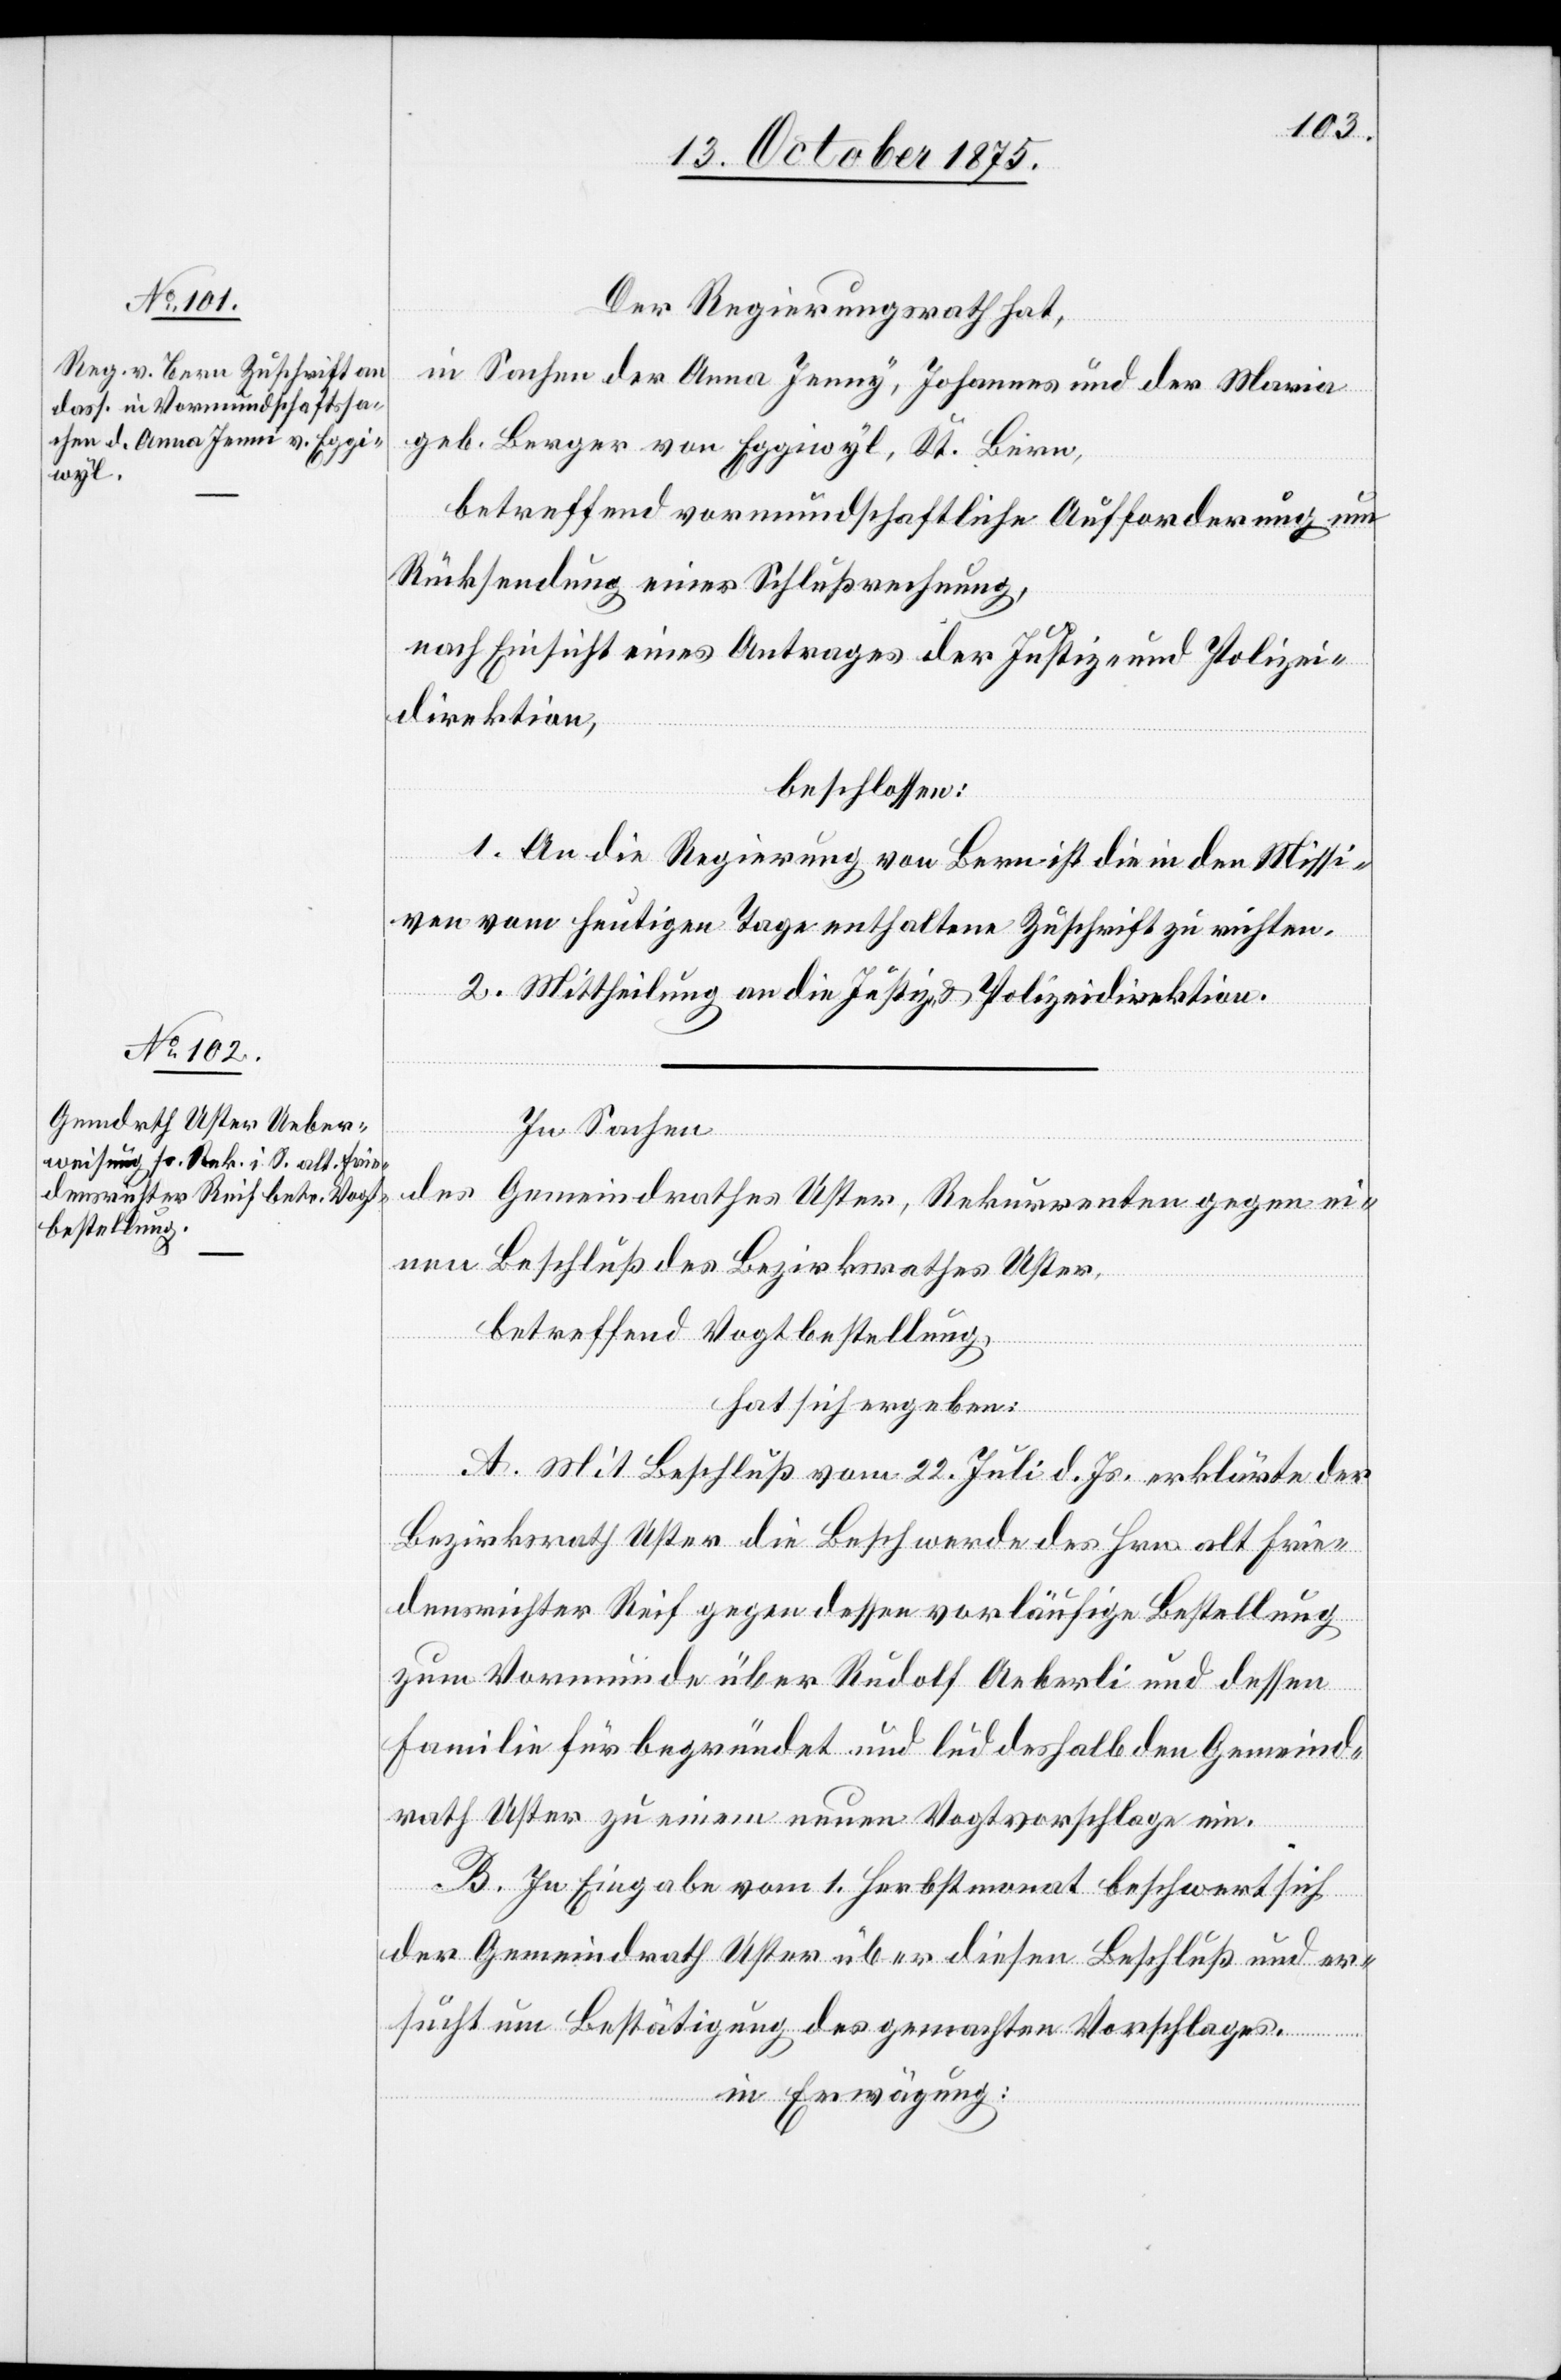
Der Regierungsrath hat,
in Sachen der Anna Jenny [sic!], Johannes und der Maria
geb. Berger von Eggiwyl, Kt. Bern,
betreffend vormundschaftliche Aufforderung um
Rücksendung einer Schlußrechnung,
nach Einsicht eines Antrages der Justiz- und Polizei¬
direktion,
beschlossen:
1. An die Regierung von Bern ist die in den Missi¬
ven vom heutigen Tage enthaltene Zuschrift zu richten.
2. Mittheilung an die Justiz- & Polizeidirektion.
In Sachen
des Gemeindrathes Uster, Rekurrenten gegen ei¬
nen Beschluß des Bezirksrathes Uster,
betreffend Vogtbestellung,
hat sich ergeben:
A. Mit Beschluß vom 22. Juli d. Js. erklärte der
Bezirksrath Uster die Beschwerde des Hrn. alt Frie¬
densrichter Reif gegen dessen vorläufige Bestellung
zum Vormunde über Rudolf Aeberli und dessen
Familie für begründet und lud deshalb den Gemeind¬
rath Uster zu einem neuen Vogtvorschlage ein.
B. In Eingabe vom 1. Herbstmonat beschwert sich
der Gemeindrath Uster über diesen Beschluß und er¬
sucht um Bestätigung des gemachten Vorschlages.
in Erwägung: